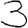
Digit: 3